Report of the Bombay Plague Committee
Disease focus: Plague
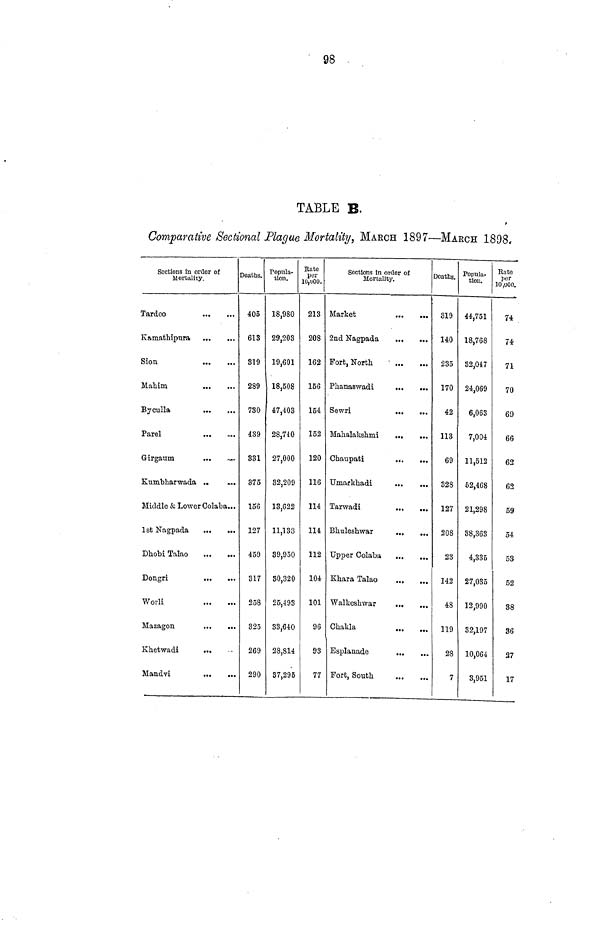
TABLE B.
Comparative Sectional Plac/ue Mortality, MARCH 1897—MARCH 1898,
Sections in order of
Mortality.
Tardeo
Kamathipura
Sion
Mahim
Byculla
Parel
Girgaum
Kumbharwada
Middle & Lower Colaba...
1st Nagpada
Dhobi Talao
Dongri
Worli
Mazagon
Khetwadi
...
Mandvi
Deaths.
405
613
819
289
730
439
331
375
156
127
459
317
258
325
269
290
Popula-
tion.
18,980
29,203
19,601
18,508
47,403
28,740
27,000
32,209
13,622
11,133
39,950
30,320
25,493
33,640
28,814
37,295
Bate
per
10,uOO.
213
208
162
156
154
152
120
116
114
114
112
104
101
96
93
77
Sections in order of
Mortality.
Market
2nd Nagpada
Fort, North
Phanaswadi
Sewri
Mahalakshmi
Ohaupati
Umarkhadi
Tarwadi
Bhuleshwar
Upper Colaba
...
Khara Talao
Walkeshwar
...
Chakla
Esplanade
Fort, South
Deaths.
319
140
235
170
42
113
69
328
127
208
23
142
48
119
28
7
Popula-
tion.
44,751
18,768
32,047
24,069
6,063
7,004
11,512
52,468
21,298
38,363
4,335
27,035
12,990
32,197
10,064
3,951
Eate
per
10,000.
74
74
71
70
69
66
62
62
59
54
53
52
38
36
27
17